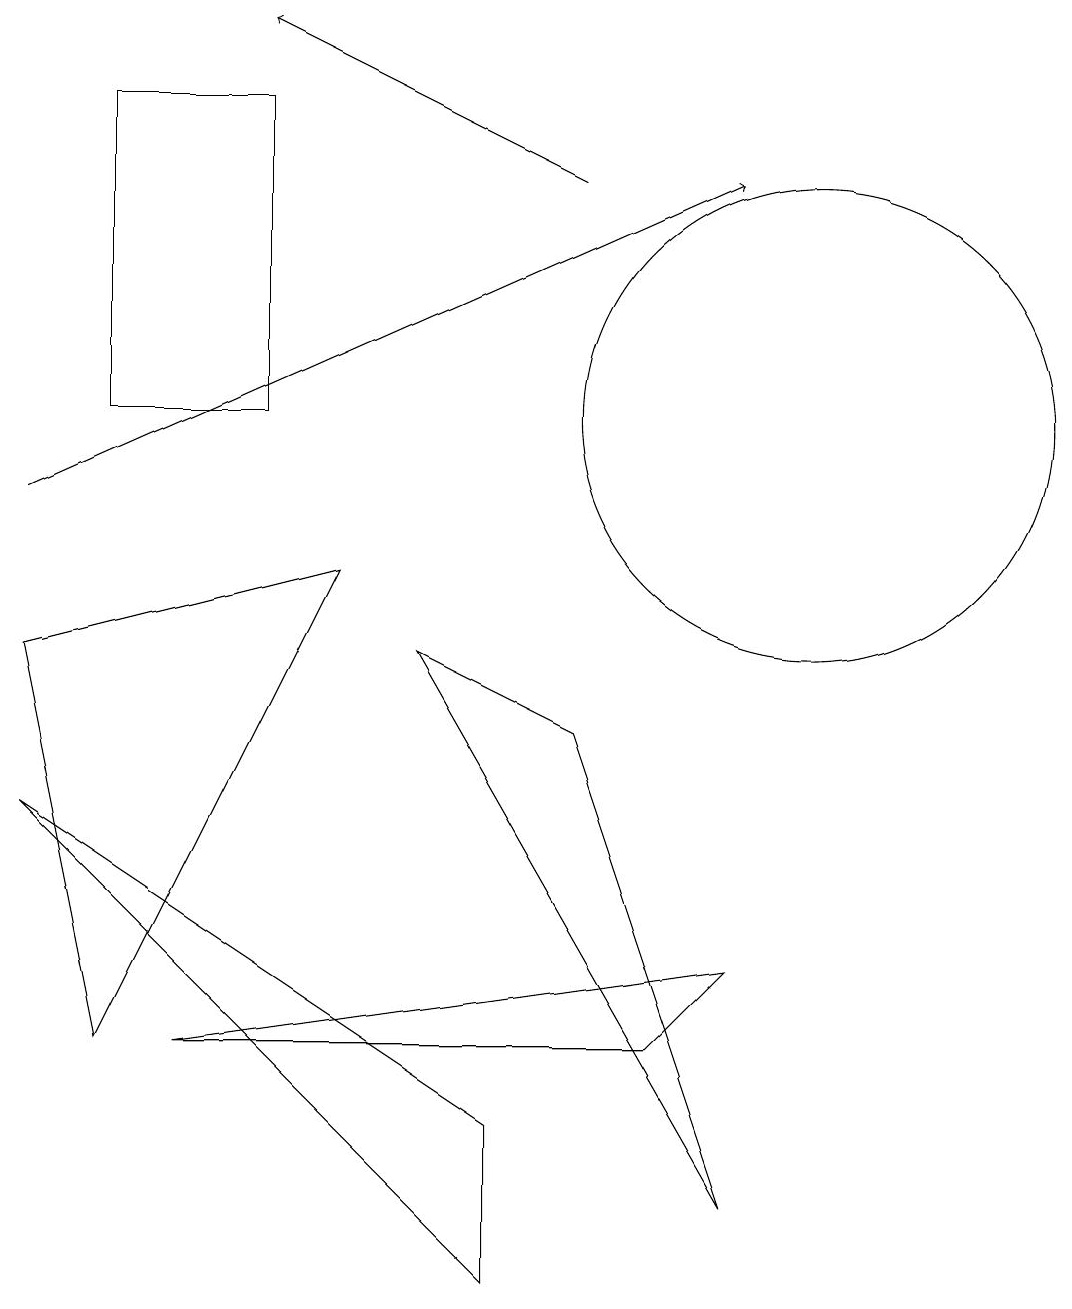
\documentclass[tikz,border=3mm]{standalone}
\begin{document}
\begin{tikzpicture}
\draw[->] (0,10) -- (9,14);
\draw (0,6) -- (6,0) -- (6,2) -- cycle;
\draw (10,11) circle (3);
\draw (9,4) -- (2,3) -- (8,3) -- cycle;
\draw (1,3) -- (0,8) -- (4,9) -- cycle;
\draw (3,15) rectangle (1,11);
\draw (5,8) -- (7,7) -- (9,1) -- cycle;
\draw[->] (7,14) -- (3,16);
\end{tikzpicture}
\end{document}